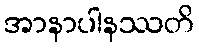
အာနာပါနဿတိ